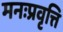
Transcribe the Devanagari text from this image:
मनःप्रवृत्ति